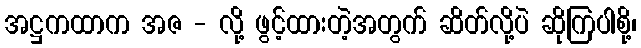
အဋ္ဌကထာက အဇ - လို့ ဖွင့်ထားတဲ့အတွက် ဆိတ်လို့ပဲ ဆိုကြပါစို့၊